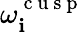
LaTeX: \omega_{\mathbf{i}}^{\mathrm{{~c~u~s~p~}}}